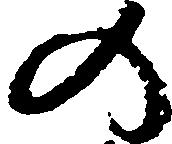
の